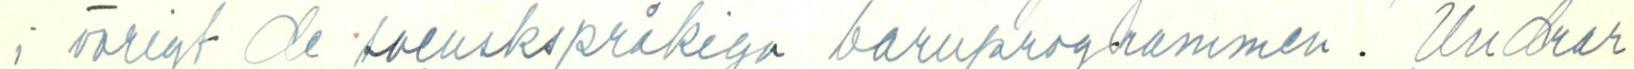
i övrigt de svenskspråkiga barnprogrammen. Undrar